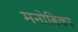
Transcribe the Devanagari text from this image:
मनोबिकर